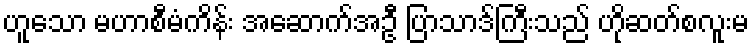
ဟူသော မဟာစီမံကိန်း အဆောက်အဦ ပြာသာဒ်ကြီးသည် ဟိုဆတ်စလူးမ